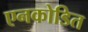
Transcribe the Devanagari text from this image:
एनकोडित